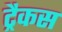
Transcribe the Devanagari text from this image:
ट्रैकस